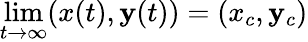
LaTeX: \operatorname*{lim}_{t\to\infty}(x(t),\mathbf{y}(t))=(x_{c},\mathbf{y}_{c})